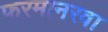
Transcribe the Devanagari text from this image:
फरमानरवा